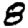
Digit: 8